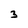
Character: 3